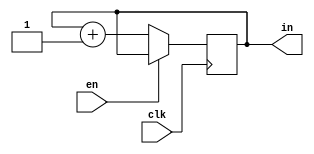
module counter(in,en,clk);
input clk;
input en;
output[7:0] in;
reg[7:0] in;
always @(posedge clk)
		begin
		if(!en)
		begin
		in <= in + 1;
		end
		end	
		initial begin
		in = 0;
		end
endmodule

module test;
reg clk;
wire[7:0] in;
reg en;
counter c(in,en,clk);
always @(*)
		begin
#5 clk <= ~clk;
		end
		initial 
		begin
		$monitor("%d",in);
		en = 0;clk = 0;
		#50 $finish;
		end
endmodule